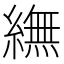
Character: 䌗